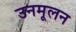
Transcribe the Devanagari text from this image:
उनमूलन